Scottish Certificate of Education, 1963
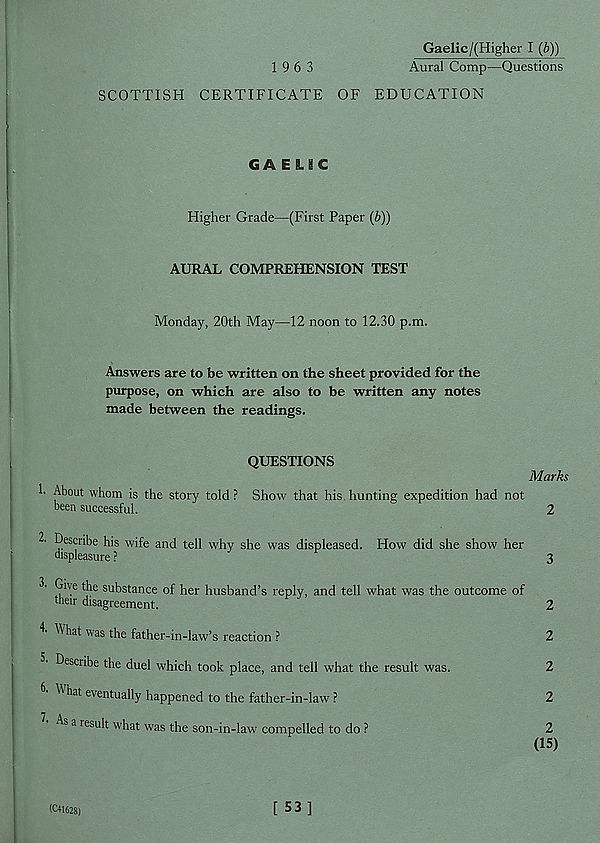
Gaelic/(Higher I (b))
1 9 6 3
Aural Comp—Questions
SCOTTISH CERTIFICATE OF EDUCATION
GAELBC
Higher Grade—(First Paper (£))
AURAL COMPREHENSION TEST
Monday, 20th May—12 noon to 12.30 p.m.
Answers are to be written on the sheet provided for the
purpose, on which are also to be written any notes
made between the readings.
QUESTIONS
h About whom is the story told ? Show that his hunting expedition had not
been successful.
2- Describe his wife and tell why she was displeased. How did she show her
displeasure ?
Give the substance of her husband’s reply, and tell what was the outcome of
their disagreement.
4' What was the father-in-law’s reaction ?
Describe the duel which took place, and tell what the result was.
hat eventually happened to the father -in-law ?
As a result what was the son-in-law compelled to do ?
Marks
2
3
2
2
2
2
2
(15)
(C41628)
[ S3]